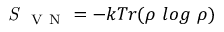
\textit { S } _ { \mathrm { ~ V ~ N ~ } } = - k T r ( \rho \mathrm { ~ } l o g \mathrm { ~ } \rho )